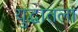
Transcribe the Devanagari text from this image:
युद्धातला